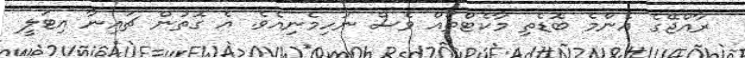
ރާއްޖޭގެ އެންމެ ބޮޑެތި މާކެޓްތައް ވެސް ނުހިމެނިއެވެ. އެ ގޮތުން ޗައިނާ އިޓަލީ